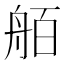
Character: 𮎋